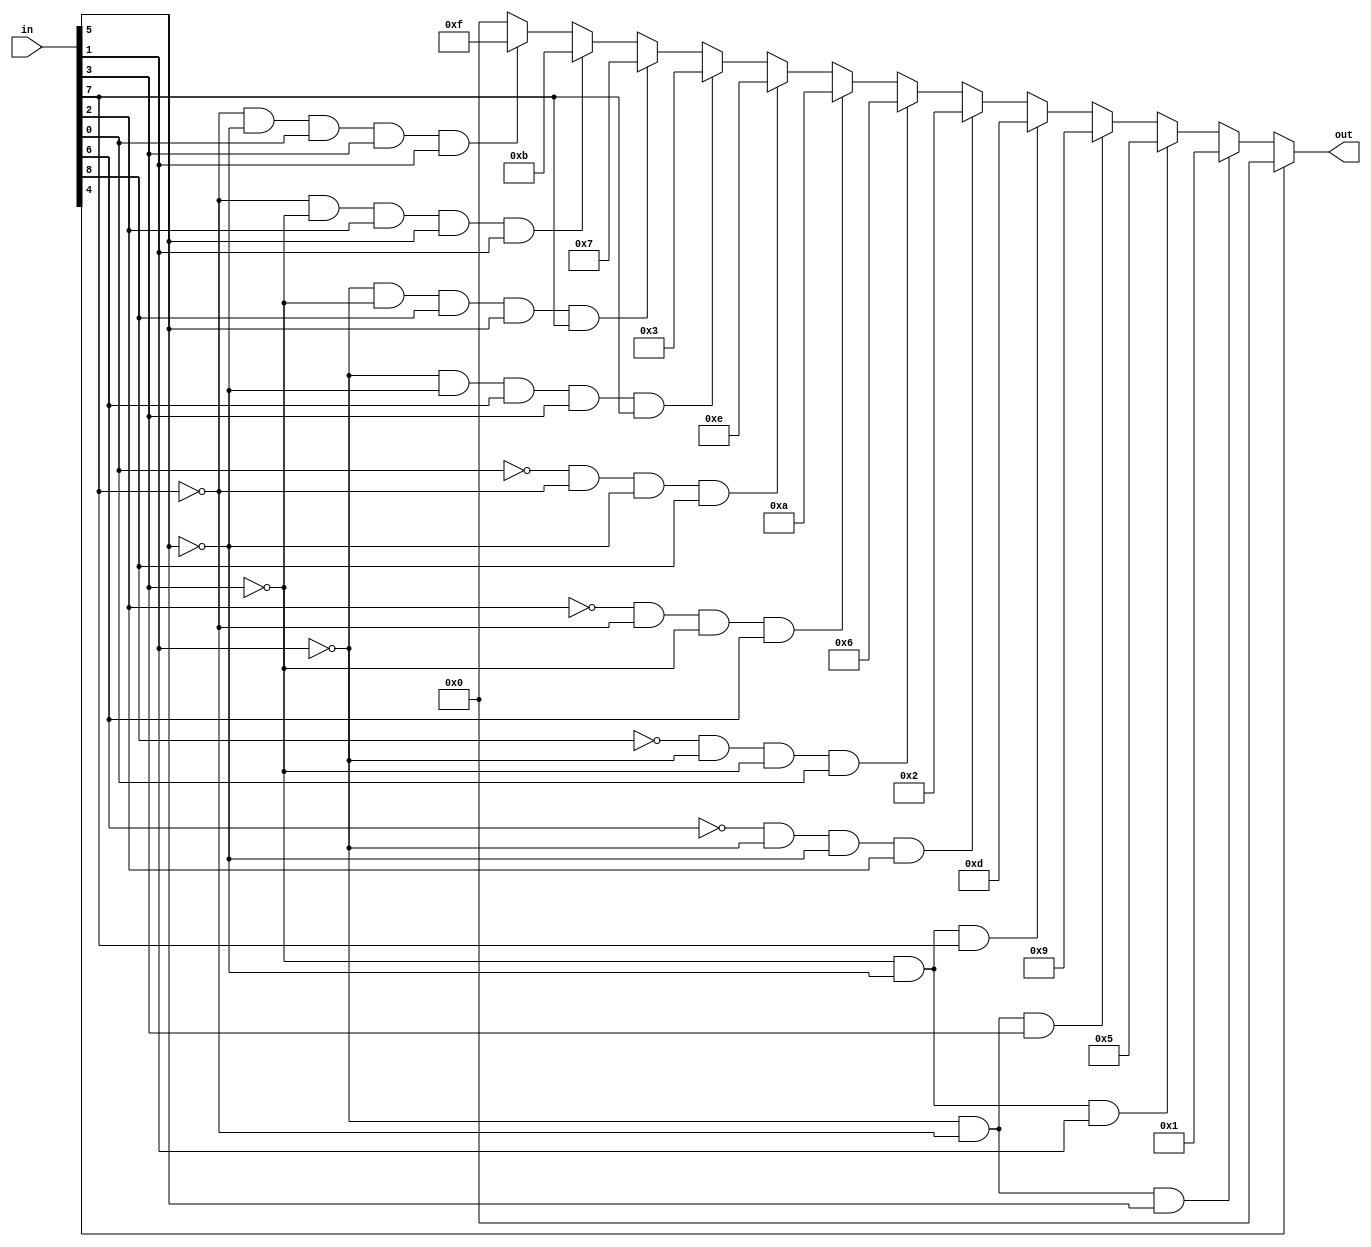

`ifndef CellState_H
`define CellState_H

module CellState(in, out);
  
  input [8:0] in;	
  output reg [3:0] out;	// output (5 out)
  
  wire cel = in[4];
  wire top = in[1];
  wire bottom = in[7];
  wire left = in[3];
  wire right = in[5];
  
  wire tl = in[0];
  wire tr = in[2];
  wire bl = in[6];
  wire br = in[8];
  
  always @(*) begin
    if (cel) out = 0;
    else if (!top && !bottom && right) out = {2'd0, 2'd1};
    else if (!left && !right && top) out = {2'd1, 2'd1};
    else if (!top && !bottom && left) out = {2'd2, 2'd1};
    else if (!left && !right && bottom) out = {2'd3, 2'd1};
    
    
    else if (!bl && !top && !right && tr) out = {2'd0, 2'd2};
    else if (!br && !top && !left && tl) out = {2'd1, 2'd2};
    else if (!tr && !bottom && !left && bl) out = {2'd2, 2'd2};
    else if (!tl && !bottom && !right && br) out = {2'd3, 2'd2};
    
    
    else if (!top && !right && bl && left && bottom) out = {2'd0, 2'd3};
    else if (!top && !left && br && right && bottom) out = {2'd1, 2'd3};
    else if (!bottom && !left && tr && right && top) out = {2'd2, 2'd3};
    else if (!bottom && !right && tl && left && top) out = {2'd3, 2'd3};
    else out = 0;

  end
    
endmodule

`endif